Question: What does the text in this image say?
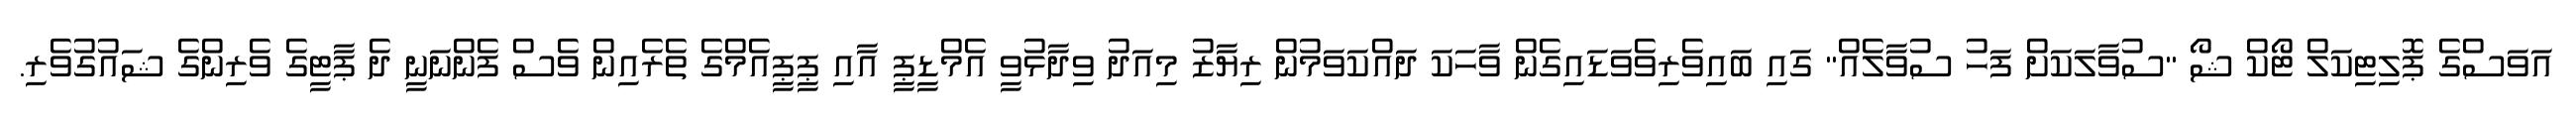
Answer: އަވަސްގެ ޕޮލިޓިކަލް ޓޯކް ޝޯ "ސުވާލަކަށް ފަހު ސުވާލެއް" ގައި ބައިވެރިވެވަޑައިގެން ވާހަކަ ދައްކަވަމުން ރިޔާޒު މިއަދު ވިދާޅުވީ އެމްޑީޕީ އާއި ޕީޕީއެމްގެ ތެރެއިން ވެސް ފެންނަނީ ދެ ޕާޓީގެ ވެރިންގެ ޝައުގުވެރި.